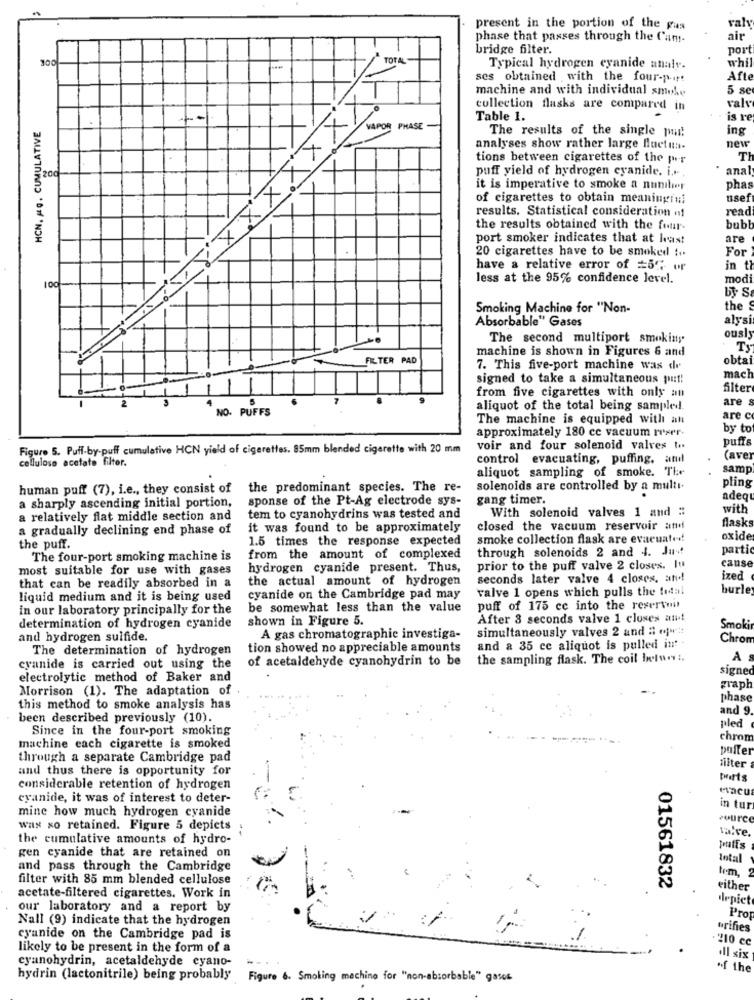
val
present in the portion of the gas
phase that passes through the Cam-
air
bridge filter.
port
300
TOTAL
whil
Typical hydrogen cyanide analy.
ses obtained with the four-p .:
Afte
machine and with individual smoke
5 se
collection flasks are compared in
valt
HCN. MQ, CUMULATIVE
Table 1.
VAPOR PHASE
The results of the single pur!
ing
new
analyses show rather large fluctun.
tions between cigarettes of the per
T
200
X
puff yield of hydrogen cyanide. i ....
anal
it is imperative to smoke a nunilier
phas
of cigarettes to obtain meaningful
usef
results. Statistical consideration «!
read
the results obtained with the four-
bub
port smoker indicates that at least
are
20 cigarettes have to be smoked :+
For
have a relative error of #5℃ or
in th
X
less at the 95% confidence level.
modi
100
by S
XXXXXXXX,JE.
Smoking Machine for "Non-
the
Absorbable" Gases
alysi
ously
The second multiport smokiny
machine is shown in Figures & and
Ty
FILTER PAD
obtai
7. This five-port machine was de
signed to take a simultaneous puf!
mach
Siter
from five cigarettes with only an
are
NO. PUFFS
aliquot of the total being sampled.
The machine is equipped with an
are c
by to
approximately 180 cc vacuum reser.
puffs
Figure 5. Puff-by-puff cumulative HCN yield of cigarettes. 85mm blended cigarette with 20 mm
voir and four solenoid valves to
cellulose acetate filter.
control evacuating, puffing, and
(aver
aliquot sampling of smoke. The
samp
pling
human puff (7), i.e ., they consist of
the predominant species. The re-
solenoids are controlled by a multi-
a sharply ascending initial portion,
sponse of the Pt-Ag electrode sys-
gang timer.
adeg
With solenoid valves 1 and ::
with
a relatively flat middle section and
tem to cyanohydrins was tested and
flasks
a gradually declining end phase of
it was found to be approximately
closed the vacuum reservoir and
1.5 times the response expected
smoke collection flask are evacuate!
oxide
the puff.
through solenoids 2 and 4. Ja!
parti
The four-port smoking machine is
from the amount of complexed
cause
most suitable for use with gases
hydrogen cyanide present. Thus,
prior to the puff valve 2 closes. In
that can be readily absorbed in a
the actual amount of hydrogen
seconds later valve 4 closes, and!
ized
valve 1 opens which pulls the total
burle
liquid medium and it is being used
cyanide on the Cambridge pad may
in our laboratory principally for the
be somewhat less than the value
puff of 175 cc into the reserven
shown in Figure 5.
After 8 seconds valve 1 closes an!
determination of hydrogen cyanide
simultaneously valves 2 and : «ju ::
Smoki
and hydrogen sulfide.
A gas chromatographie investiga-
Chron
The determination of hydrogen
tion showed no appreciable amounts
and a 35 cc aliquot is pulled int .
of acetaldehyde cyanohydrin to be
the sampling flask. The coil beler !.
A
cyanide is carried out using the
signed
electrolytic method of Baker and
Morrison (1). The adaptation of
graph
phase
this method to smoke analysis has
and 9.
been described previously (10).
Since in the four-port smoking
pled
chrom
machine each cigarette is smoked
puffer
through a separate Cambridge pad
and thus there is opportunity for
filter
Mirts
considerable retention of hydrogen
evacu
cyanide, it was of interest to deter-
mine how much hydrogen cyanide
in tur
Pourc
WIN xo retained. Figure 5 depicts
Ta.ve.
the cumulative amounts of hydro-
putis
gen cyanide that are retained on
Intal
and pass through the Cambridge
tem, 2
filter with 85 mm blended cellulose
01561832
either
acetate-filtered cigarettes. Work in
dlepict
our laboratory and a report by
Nall (9) indicate that the hydrogen
Prop
orifies
cyanide on the Cambridge pad is
. 210 cc
likely to be present in the form of a
cyanohydrin, acetaldehyde cyano-
all six
*f the
hydrin (lactonitrile) being probably
Figure 6. Smoking machine for "non-absorbable" gases